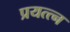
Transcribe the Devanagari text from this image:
प्रयत्त्न